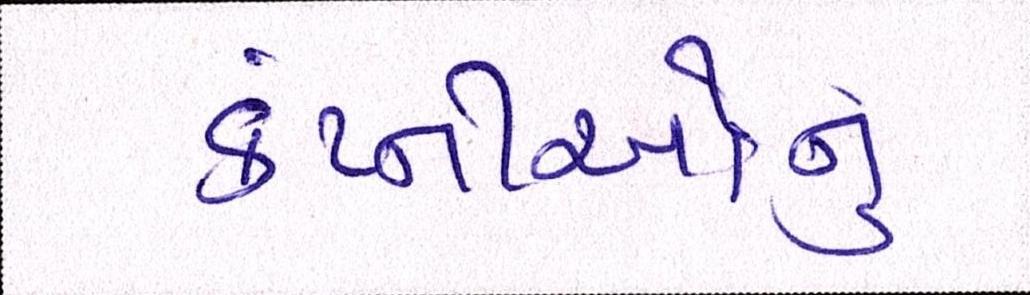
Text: કંપ્નીઓનું